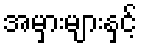
အမှားများနှင့်